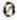
0